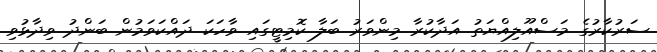
ސަރުކާރުގެ މަސްއޫލިއްޔަތު އަދާކުރާ މިންވަރު ބަލާ ކޮމިޓީގައި ވާހަކަ ދައްކަވަމުން ބަންދު ވިދާޅުވި